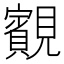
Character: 䚔